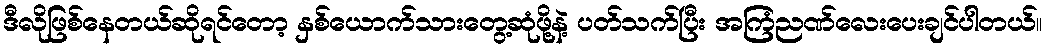
ဒီလိုဖြစ်နေတယ်ဆိုရင်တော့ နှစ်ယောက်သားတွေ့ဆုံဖို့နဲ့ ပတ်သက်ပြီး အကြံညဏ်လေးပေးချင်ပါတယ်။